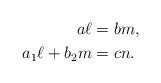
LaTeX: \begin{align*}a\ell &= bm,\\a_1\ell+b_2m &= cn.\end{align*}